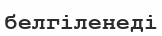
белгіленеді